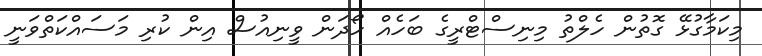
މިކަމާގުޅޭ ގޮތުން ހެލްތު މިނިސްޓްރީގެ ބަހެއް ހޯދަން ވީނިއުސް އިން ކުރި މަސައްކަތްވަނީ